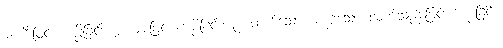
၁။ မီးဖြင့် ကပ္ပိခြင်း၊ ၂။ ဓားဖြင့် ကပ္ပိခြင်း၊ ၃။ ထက်သော မပုပ်သော လက်သည်းဖြင့် ကပ္ပိခြင်း၊